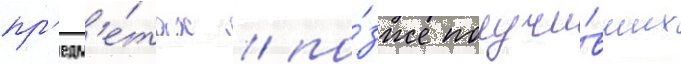
пр'едм'е́тах / по́зже получи́вших